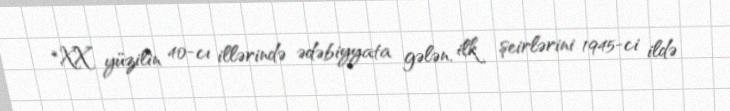
*XX yüzilin 40-cı illərində ədəbiyyata gələn, ilk şeirlərini 1945-ci ildə